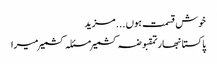
خوش قسمت ہوں ... مزید
پاکستانبھارتمقبوضہ کشمیرمسئلہ کشمیرمیرا